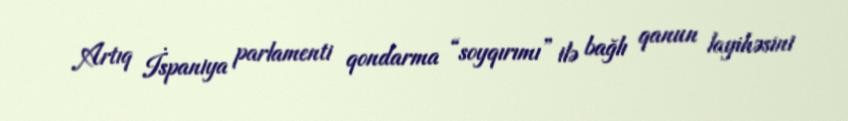
Artıq İspaniya parlamenti qondarma “soyqırımı” ilə bağlı qanun layihəsini